Source: Handwritten
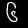
Digit: ၆ (6)